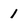
Character: 1